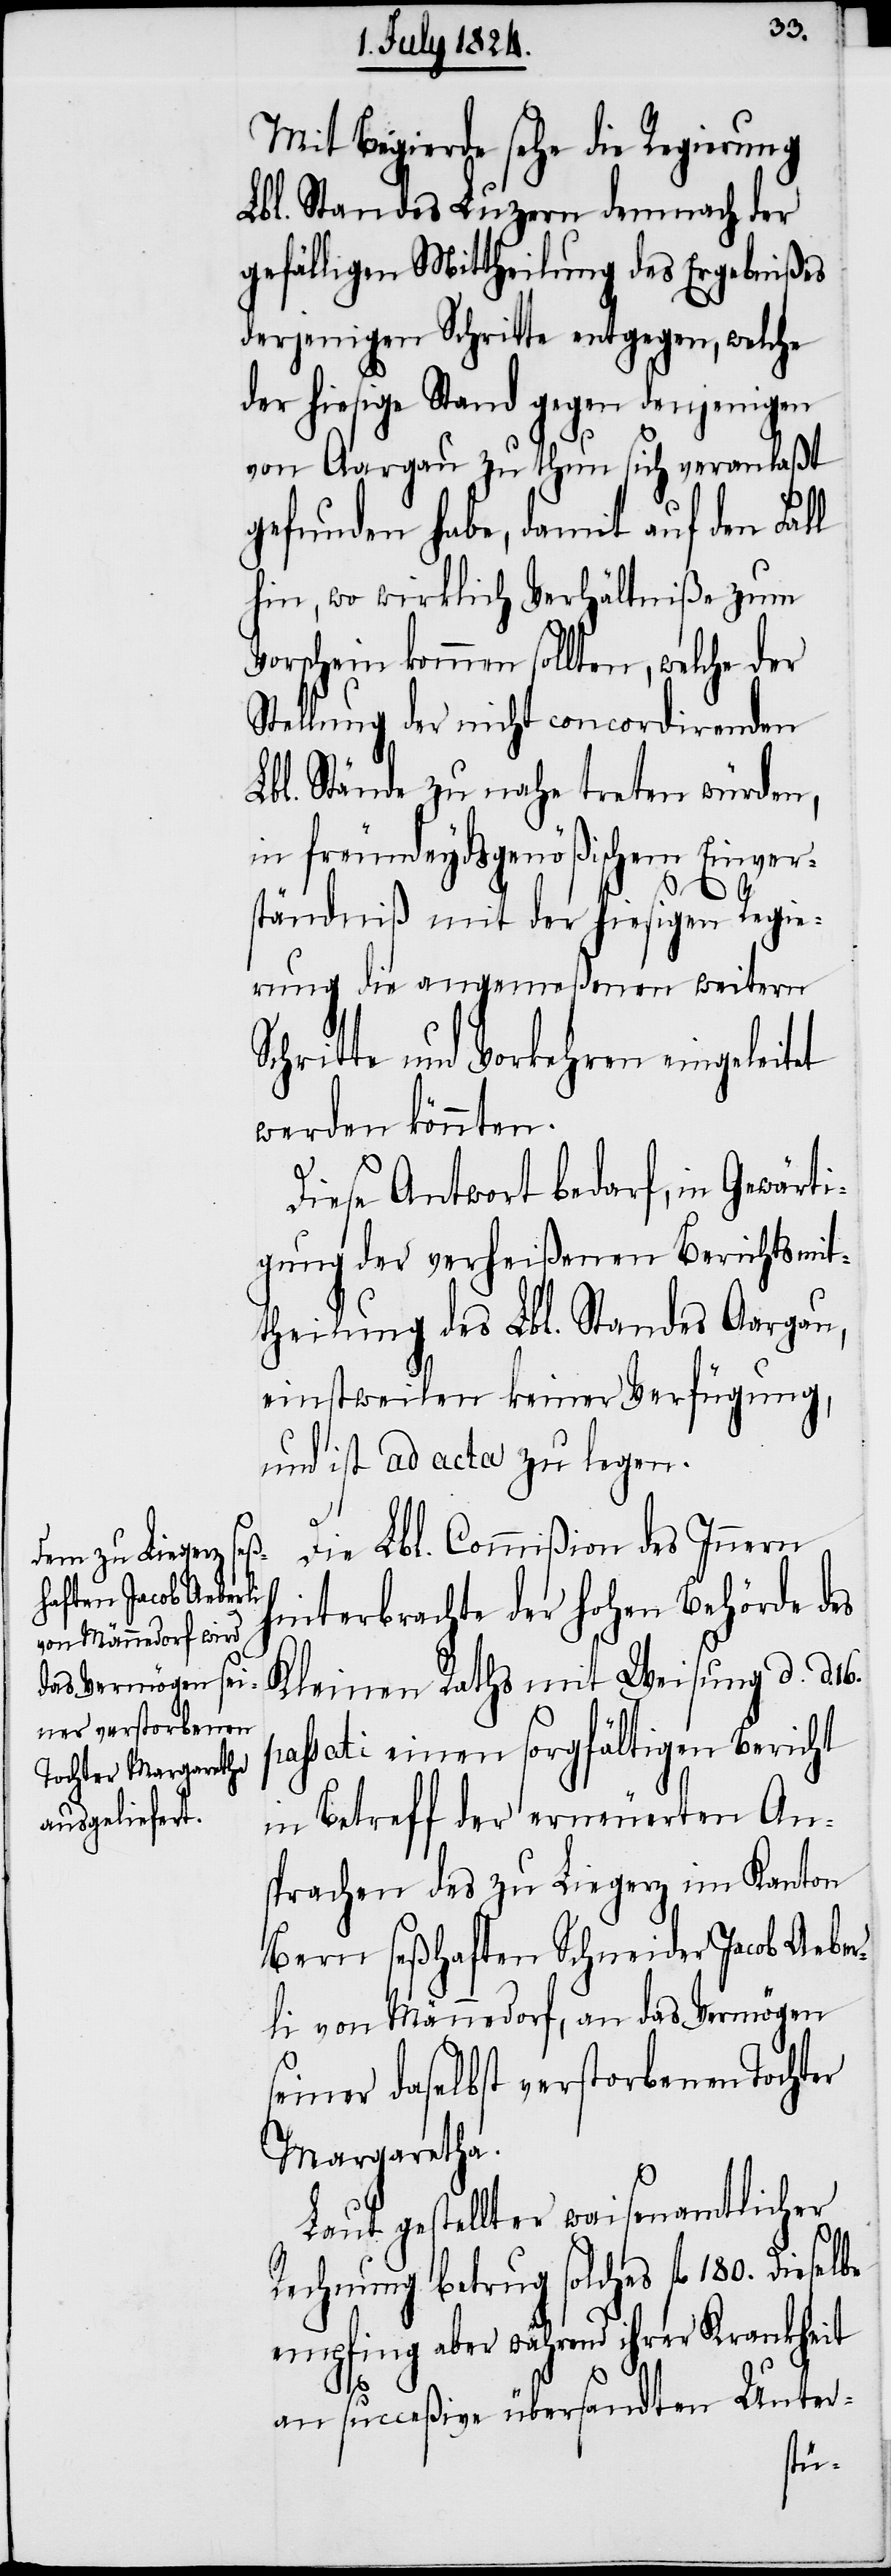
Mit Begierde sehe die Regierung
Lbl. Standes Luzern demnach der
gefälligen Mittheilung des Ergebnißes
derjenigen Schritte entgegen, welche
der hiesige Stand gegen denjenigen
von Aargau zu thun sich veranlaßt
gefunden habe, damit auf den Fall
hin, wo wirklich Verhältniße zum
Vorschein kommen sollten, welche der
Stellung der nicht concordirenden
Lbl. Stände zu nahe treten würden,
in freundeydsgenößischem Einver¬
S¬
ständniß mit der hiesigen Regie¬
rung die angemeßenen weitern
chritte und Vorkehren eingeleitet
werden könnten.
Diese Antwort bedarf, in Gewärti¬
gung der verheißenen Berichtsmit¬
theilung des Lbl. Standes Aargau,
einstweilen keiner Verfügung,
und ist ad acta zu legen.
Die Lbl. Commißion des Innern
hinterbrachte der hohen Behörde des
Kleinen Rathes mit Weisung d. d.
passati einen sorgfältigen Bericht
in Betreff der erneuerten An¬
sprachen des zu Liegerz im Kanton
Bern seßhaften Schneider Jacob Aeber¬
li von Männedorf, an das Vermögen
seiner daselbst verstorbenen Tochter
Margaretha.
Laut gestellter waisenamtlicher
Rechnung betrug solches fl. 180.
empfing aber während ihrer Krankheit
an succeßive übersandten Unter-